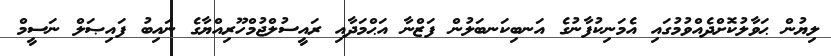
ލިޔުން ޙަވާލުކޮށްދެއްވުމުގައި އެމަނިކުފާނުގެ އަނބިކަނބަލުން ފަޒްނާ އަޙްމަދާއި ރައީސުލްޖުމްހޫރިއްޔާގެ ނައިބު ފައިޞަލް ނަސީމް